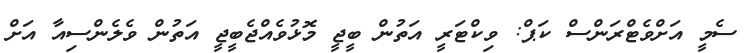
ސެމީ އަށްވެޓްރަންސް ކަޕް: ވިކްޓަރީ އަތުން ބީޖީ މޮޅުވެއްޖެބީޖީ އަތުން ވެލެންސިއާ އަށް